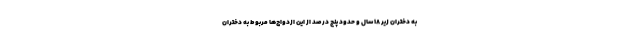
به دختران زیر ۱۸ سال و حدود پنج درصد از این ازدواج‌ها مربوط به دختران